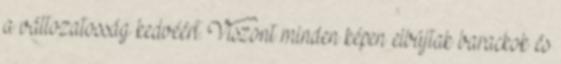
a változatosság kedvéért. Viszont minden képen elbújtak barackok és